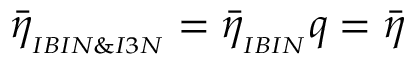
\bar { \eta } _ { _ { I B I N \& I 3 N } } = \bar { \eta } _ { _ { I B I N } } q = \bar { \eta }